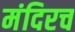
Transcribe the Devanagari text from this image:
मंदिरच